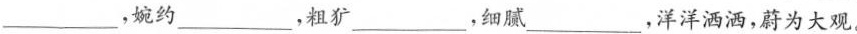
__，婉约____，粗犷_，细腻_，洋洋洒洒，蔚为大观。